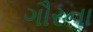
ગૌરના